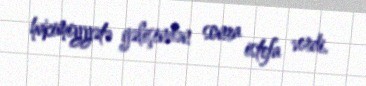
hakimiyyətə gəlişindən sonra istefa verdi.